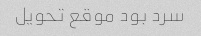
سرد بود موقع تحویل